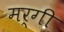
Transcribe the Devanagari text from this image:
मर्गी